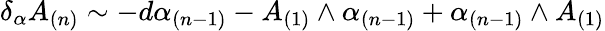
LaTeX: \delta_{\alpha}A_{(n)}\sim-d\alpha_{(n-1)}-A_{(1)}\wedge\alpha_{(n-1)}+\alpha_{(n-1)}\wedge A_{(1)}